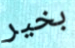
بخير